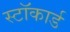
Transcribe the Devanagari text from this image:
स्टॉकार्ड